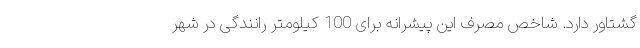
گشتاور دارد. شاخص مصرف این پیشرانه برای 100 کیلومتر رانندگی در شهر